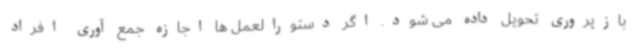
بازپروری تحویل داده می شود. اگر دستورالعمل ها اجازه جمع آوری افراد